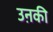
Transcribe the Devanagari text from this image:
उऩकी